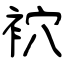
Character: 袕